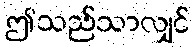
ဤသည်သာလျှင်